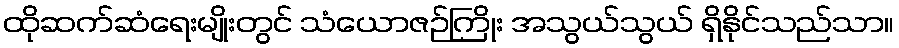
ထိုဆက်ဆံရေးမျိုးတွင် သံယောဇဉ်ကြိုး အသွယ်သွယ် ရှိနိုင်သည်သာ။